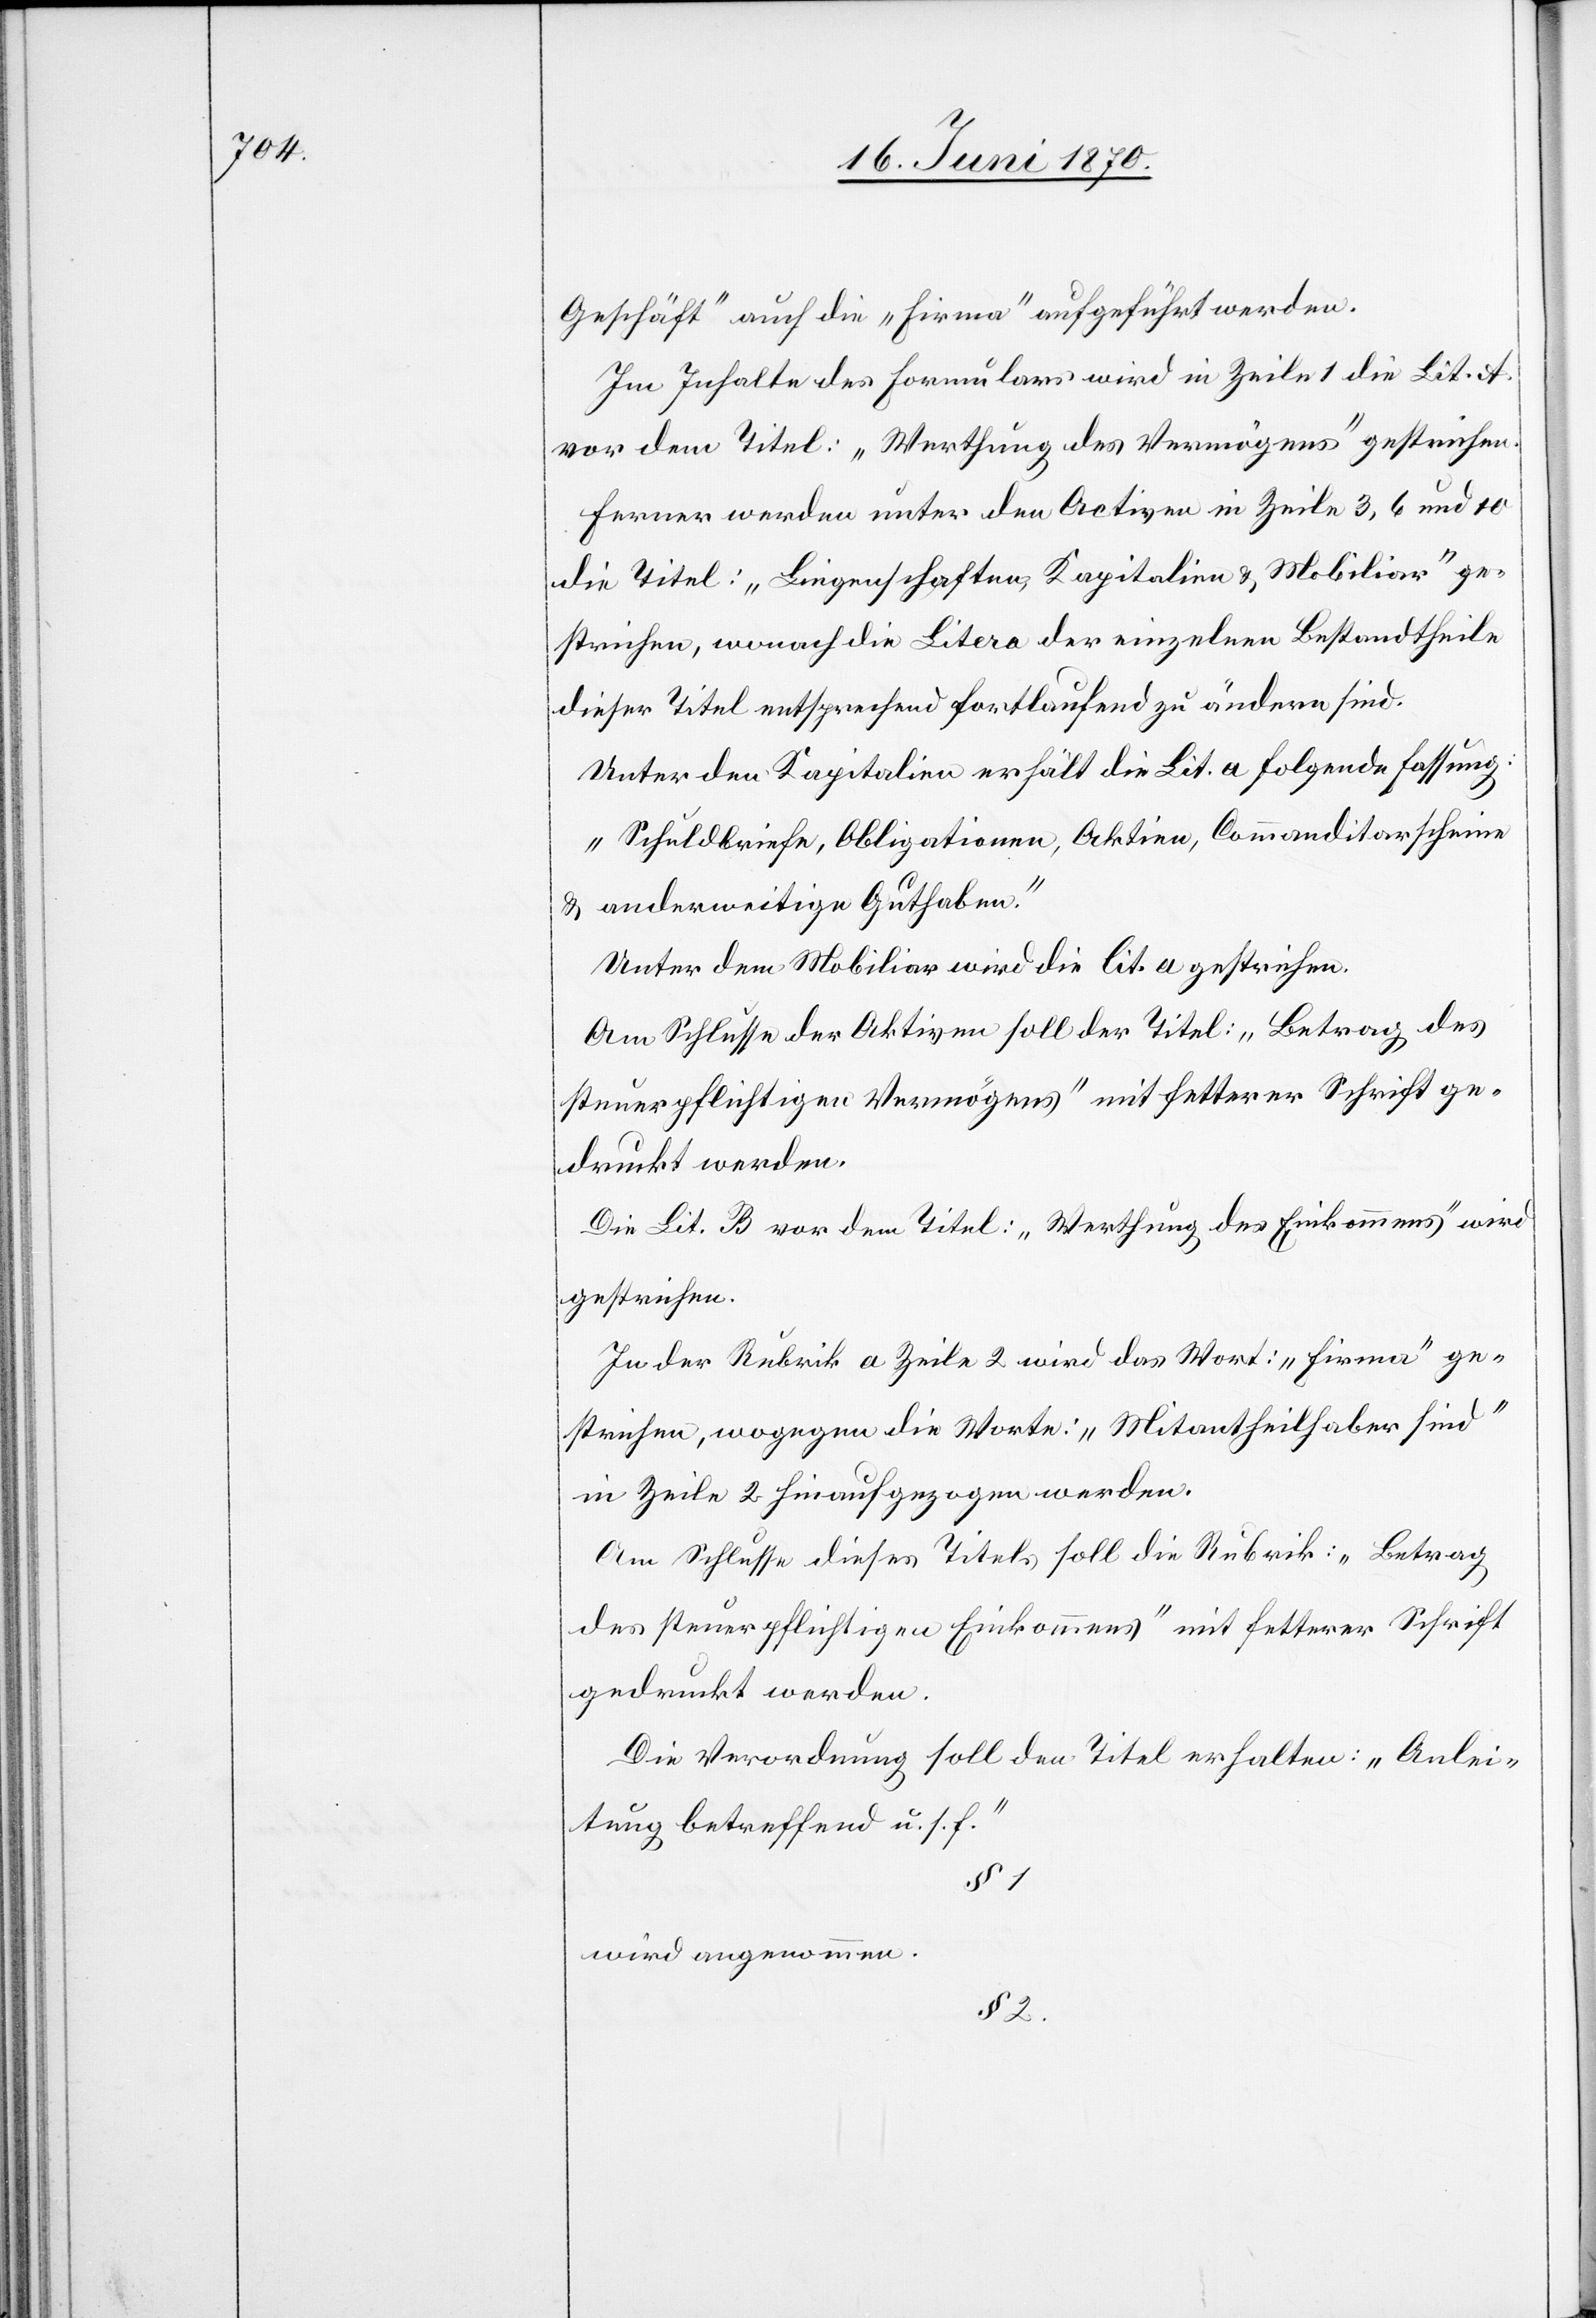
Geschäft“ auch die „Firma“ aufgeführt werden.
Im Inhalte des Formulars wird in Zeile 1 die Lit. A.
vor dem Titel: „Werthung des Vermögens“ gestrichen.
Ferner werden unter den Activen in Zeile 3, 6 und 10
die Titel: „Liegenschaften, Kapitalien & Mobiliar“ ge¬
strichen, wonach die Litera der einzelnen Bestandtheile
dieser Titel entsprechend fortlaufend zu ändern sind.
Unter den Kapitalien erhält die Lit. a folgende Fassung:
„Schuldbriefe, Obligationen, Aktien, Commanditarscheine
& anderweitige Guthaben.“
Unter dem Mobiliar wird die lit. a gestrichen.
Am Schlusse der Aktiven soll der Titel: „Betrag des
steuerpflichtigen Vermögens“ mit fetterer Schrift ge¬
druckt werden.
Die Lit. B vor dem Titel: „Werthung des Einkommens“ wird
gestrichen.
In der Rubrik a Zeile 2 wird das Wort: „Firma“ ge¬
strichen, wogegen die Worte: „Mitantheilhaber sind“
in Zeile 2 hinaufgezogen werden.
Am Schlusse dieses Titels soll die Rubrik: „Betrag
des steuerpflichtigen Einkommens“ mit fetterer Schrift
gedruckt werden.
Die Verordnung soll den Titel erhalten: „Anlei¬
tung betreffend u. s. f.“
§ 1
wird angenommen.
§ 2.